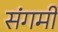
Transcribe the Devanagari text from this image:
संगमीं